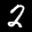
Label: 2